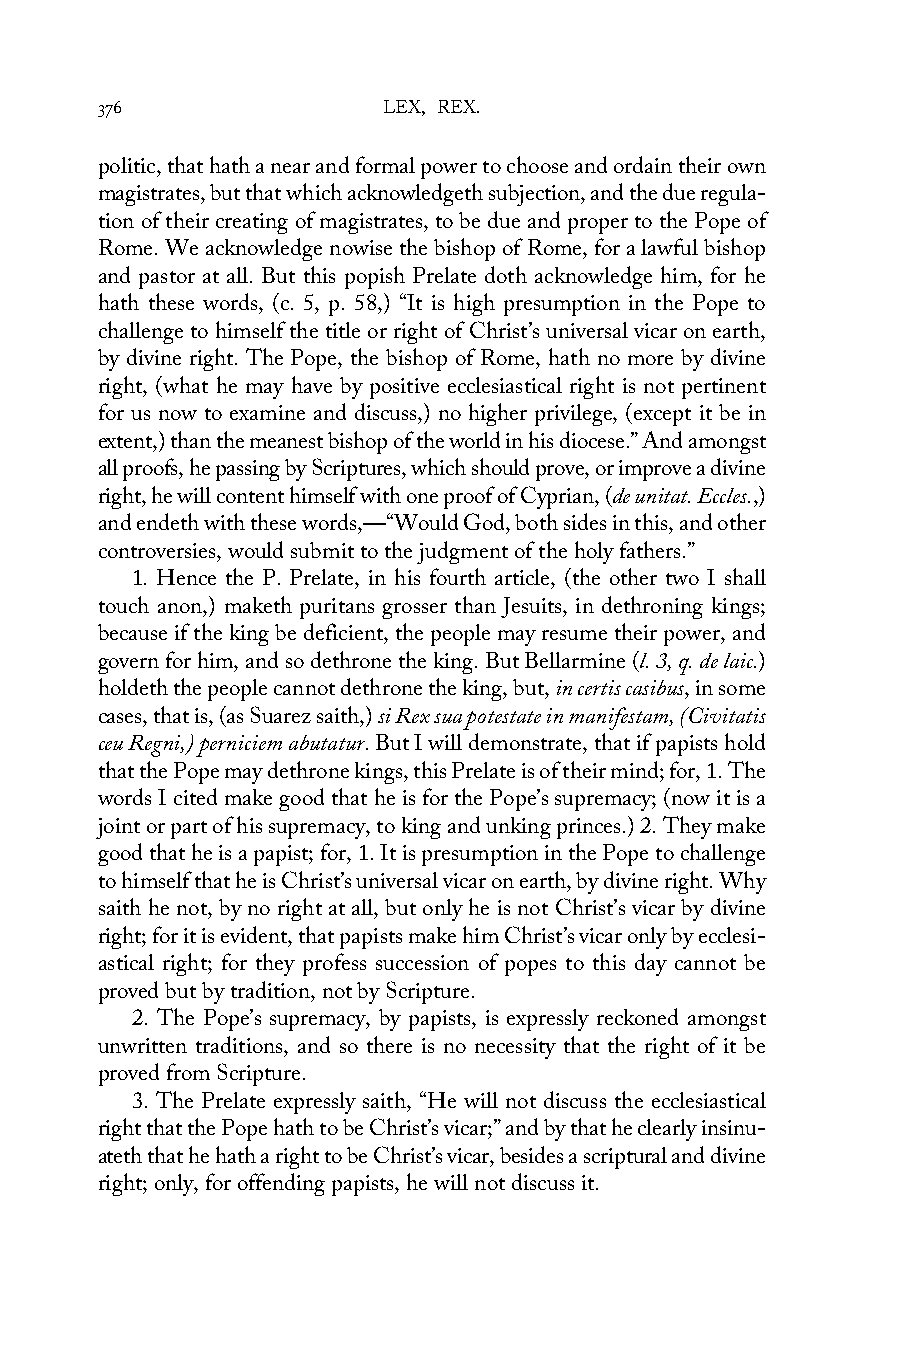
376                LEX, REX.
 politic, that hath a near and formal power to choose and ordain their own
 magistrates, but that which acknowledgeth subjection, and the due regula-
 tion of their creating of magistrates, to be due and proper to the Pope of
 Rome. We acknowledge nowise the bishop of Rome, for a lawful bishop
 and pastor at all. But this popish Prelate doth acknowledge him, for he
 hath these words, (c. 5, p. 58,) “It is high presumption in the Pope to
 challenge to himself the title or right of Christ’s universal vicar on earth,
 by divine right. The Pope, the bishop of Rome, hath no more by divine
 right, (what he may have by positive ecclesiastical right is not pertinent
 for us now to examine and discuss,) no higher privilege, (except it be in
 extent,) than the meanest bishop of the world in his diocese.” And amongst
 all proofs, he passing by Scriptures, which should prove, or improve a divine
 right, he will content himself with one proof of Cyprian, (de unitat. Eccles.,)
 and endeth with these words,—“Would God, both sides in this, and other
 controversies, would submit to the judgment of the holy fathers.”
 1. Hence the P. Prelate, in his fourth article, (the other two I shall
 touch anon,) maketh puritans grosser than Jesuits, in dethroning kings;
 because if the king be deficient, the people may resume their power, and
 govern for him, and so dethrone the king. But Bellarmine (l. 3, q. de laic.)
 holdeth the people cannot dethrone the king, but, in certis casibus, in some
 cases, that is, (as Suarez saith,) si Rex sua potestate in manifestam, (Civitatis
 ceu Regni,) perniciem abutatur. But I will demonstrate, that if papists hold
 that the Pope may dethrone kings, this Prelate is of their mind; for, 1. The
 words I cited make good that he is for the Pope’s supremacy; (now it is a
 joint or part of his supremacy, to king and unking princes.) 2. They make
 good that he is a papist; for, 1. It is presumption in the Pope to challenge
 to himself that he is Christ’s universal vicar on earth, by divine right. Why
 saith he not, by no right at all, but only he is not Christ’s vicar by divine
 right; for it is evident, that papists make him Christ’s vicar only by ecclesi-
 astical right; for they profess succession of popes to this day cannot be
 proved but by tradition, not by Scripture.
 2. The Pope’s supremacy, by papists, is expressly reckoned amongst
 unwritten traditions, and so there is no necessity that the right of it be
 proved from Scripture.
 3. The Prelate expressly saith, “He will not discuss the ecclesiastical
 right that the Pope hath to be Christ’s vicar;” and by that he clearly insinu-
 ateth that he hath a right to be Christ’s vicar, besides a scriptural and divine
 right; only, for offending papists, he will not discuss it.